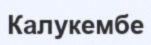
Калукембе